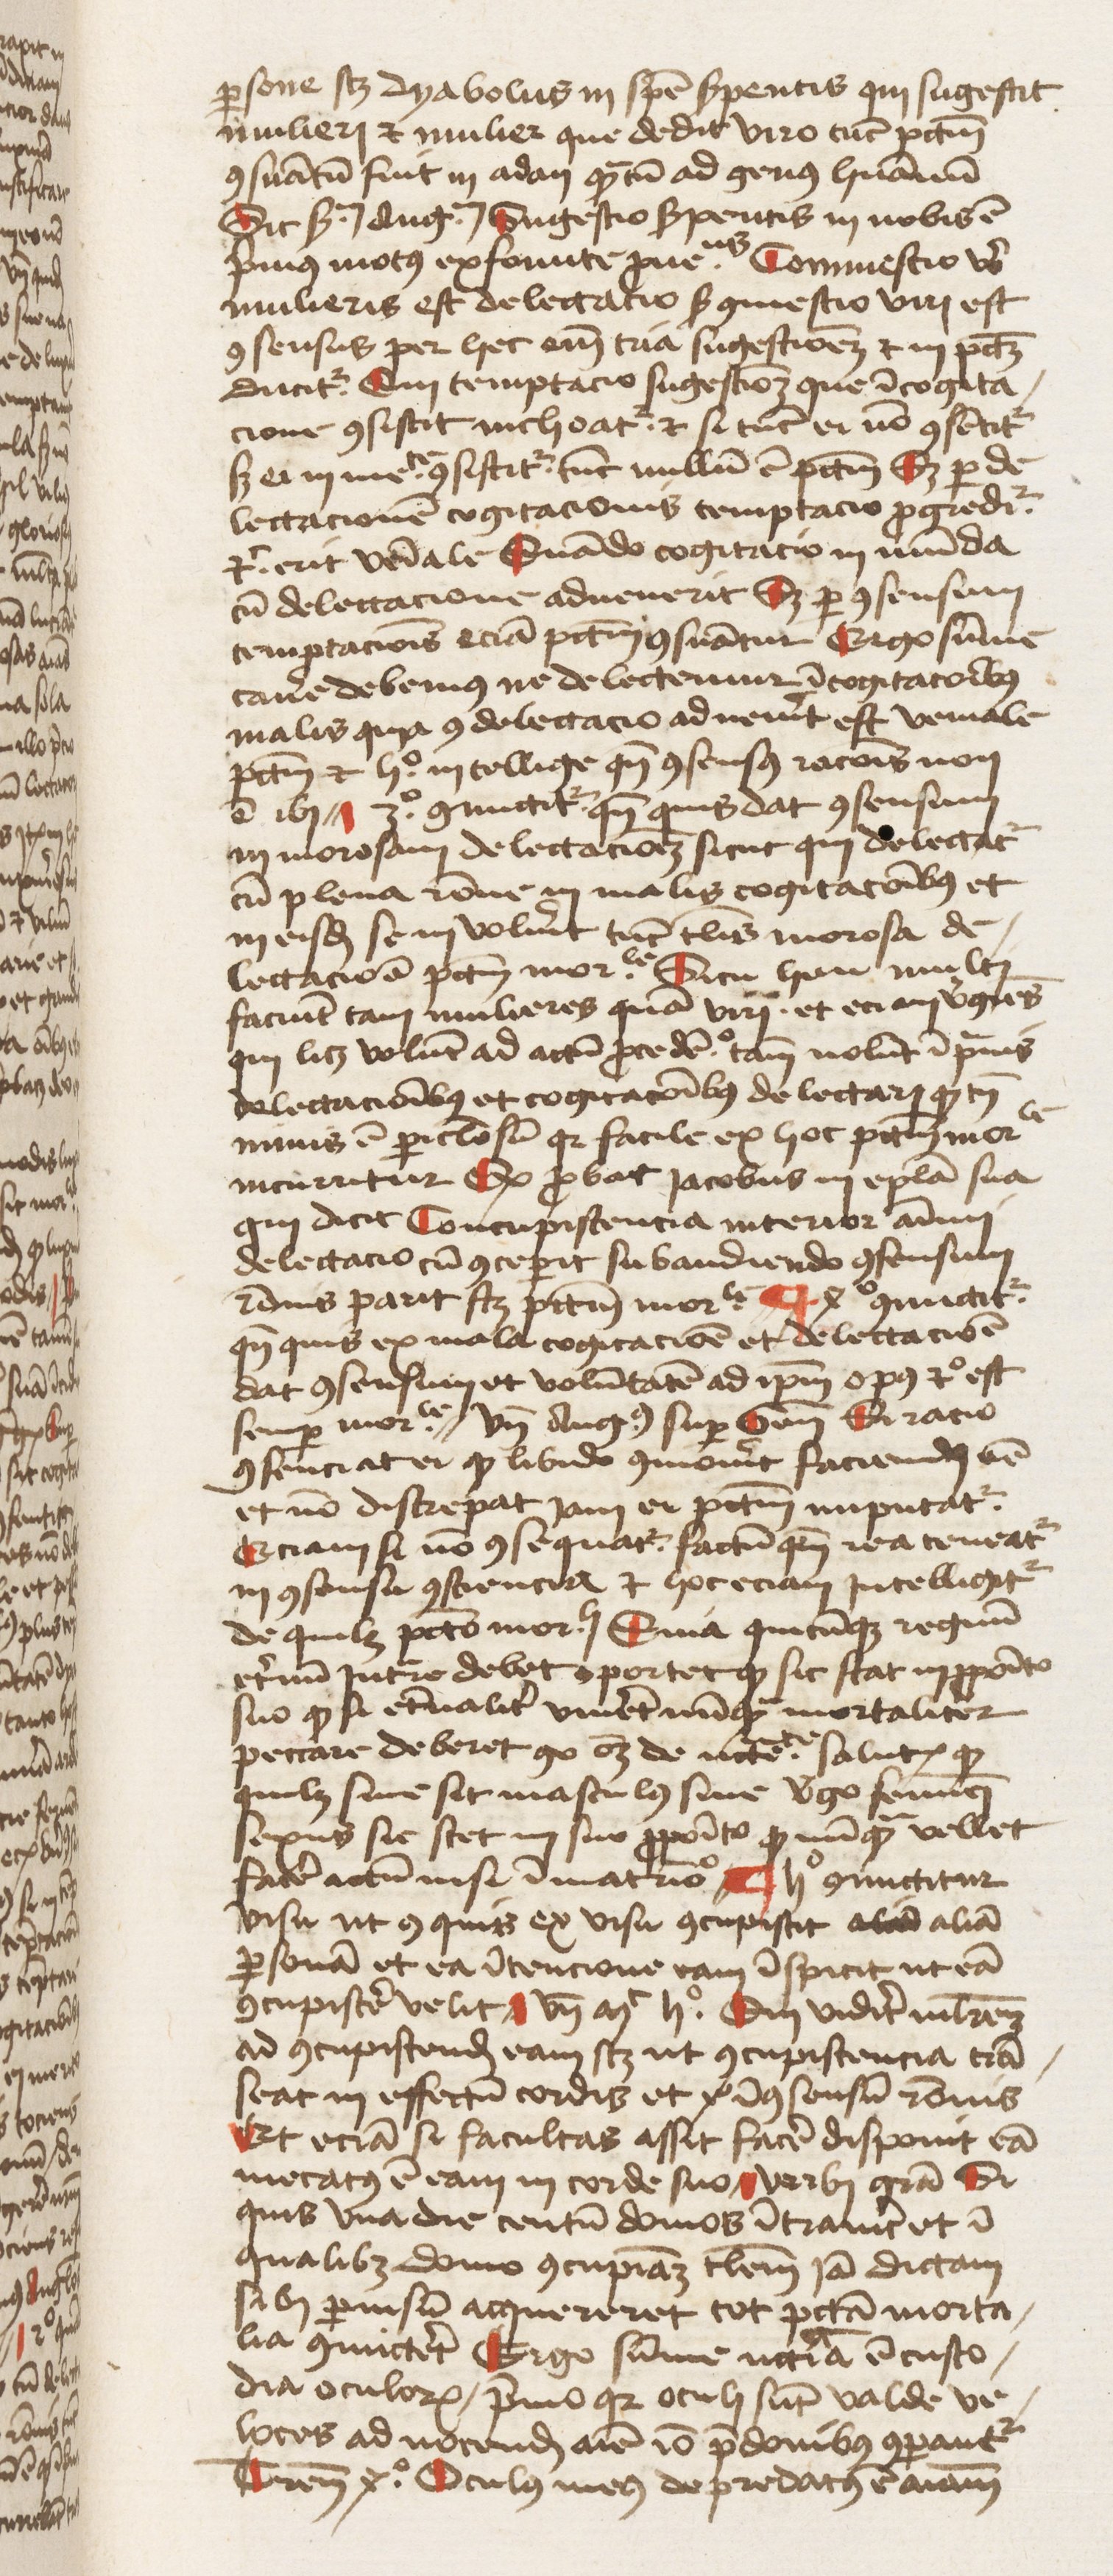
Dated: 1455–1455